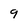
Character: 9